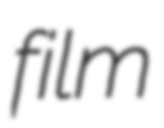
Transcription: film